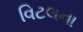
વિટલના